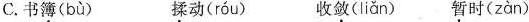
C.书簿( bù ) 揉动( róu ) 收敛( liǎn )暂时( zàn )